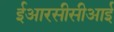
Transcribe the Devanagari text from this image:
ईआरसीसीआई